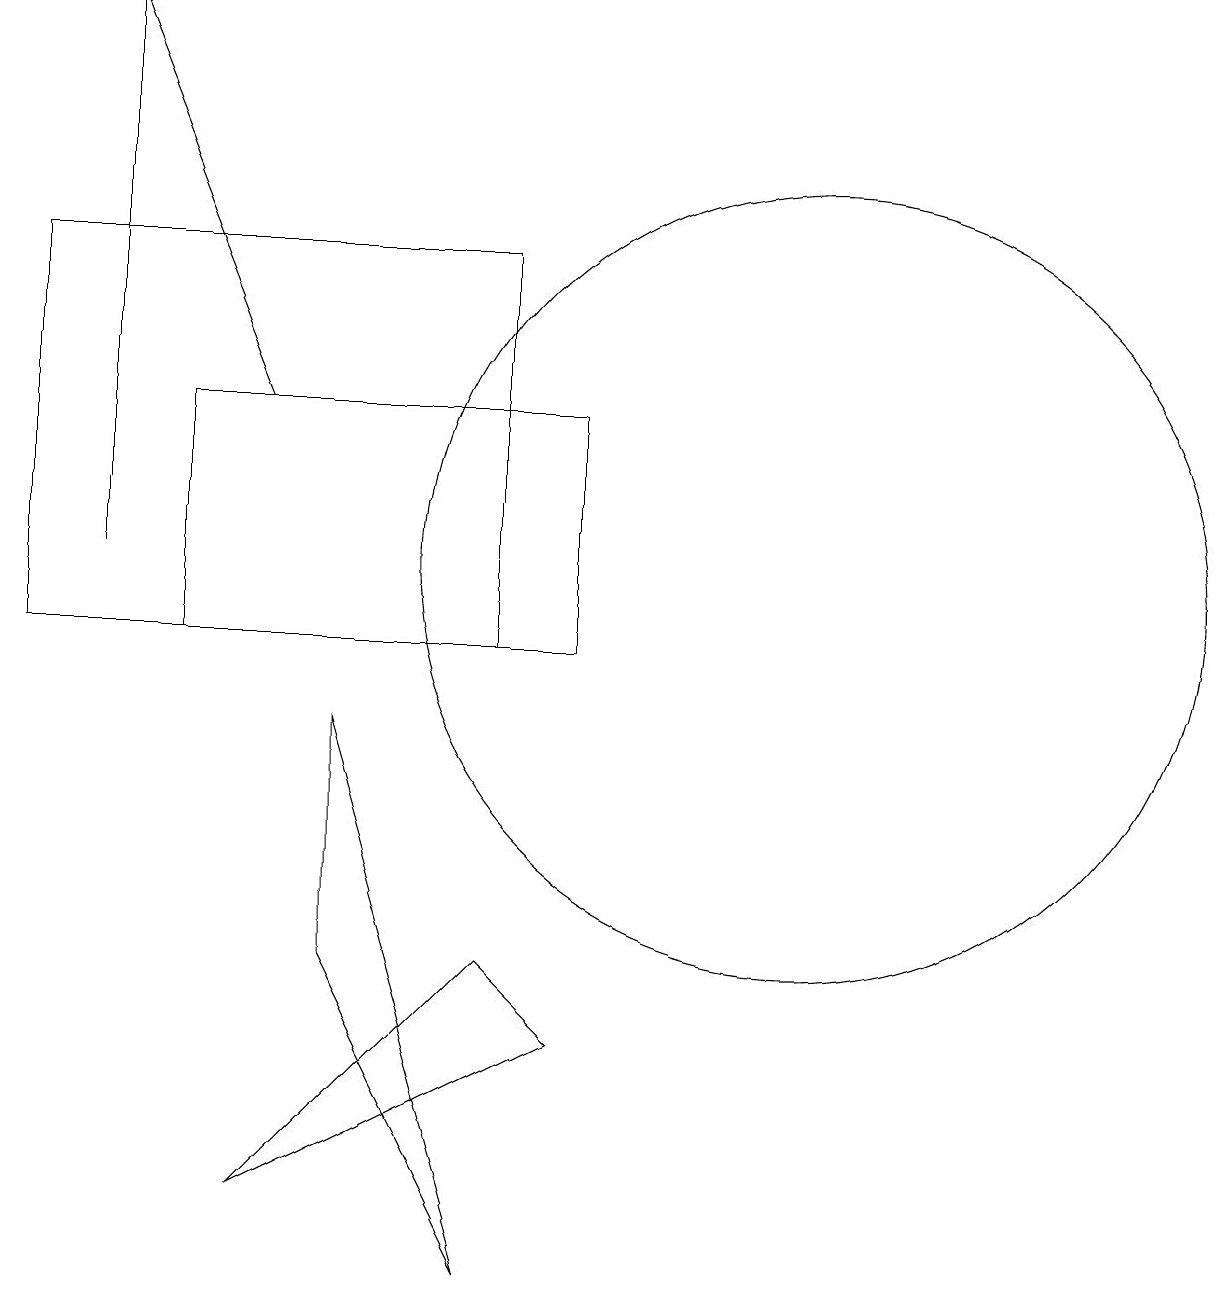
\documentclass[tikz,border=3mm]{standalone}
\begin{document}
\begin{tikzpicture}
\draw (10,11) circle (0);
\draw (5,6) -- (5,9) -- (7,2) -- cycle;
\draw[->] (2,11) -- (2,18);
\draw (7,10) rectangle (1,15);
\draw (8,5) -- (7,6) -- (4,3) -- cycle;
\draw[->] (4,13) -- (2,18);
\draw (8,13) rectangle (3,10);
\draw (11,11) circle (5);
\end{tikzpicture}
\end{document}